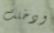
ودخلت